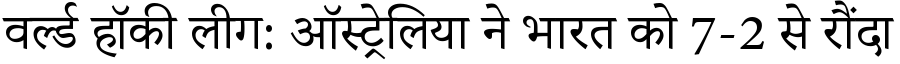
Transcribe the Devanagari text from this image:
वर्ल्ड हॉकी लीग: ऑस्ट्रेलिया ने भारत को 7-2 से रौंदा